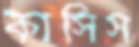
কাসিস